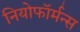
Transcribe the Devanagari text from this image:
नियोफॉर्मन्स